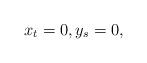
LaTeX: \begin{align*}x_t=0,y_s=0,\end{align*}